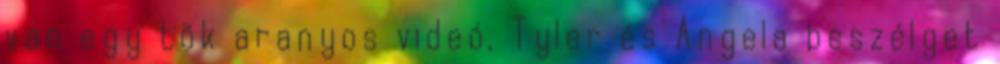
van egy tök aranyos videó, Tyler és Angela beszélget